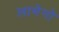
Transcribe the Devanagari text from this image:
लामेगो